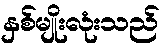
နှစ်မျိုးလုံးသည်